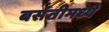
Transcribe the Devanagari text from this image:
बसंतीमध्ये